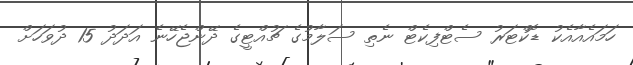
ހަމައެއާއެކު ޑޮކްޓަރު ސެޓްފިކެޓް ނެތި ސަލާމުގެ ޗުއްޓީގެ ދޭންޖެހޭނެ އަދަދު 15 ދުވަހަށް